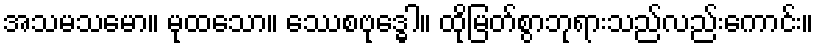
အသမသမော။ မုထသော။ ေဿစဗုဒ္ဓေါ။ ထိုမြတ်စွာဘုရားသည်လည်းကောင်း။